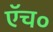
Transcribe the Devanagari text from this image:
एॅच०